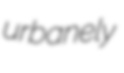
urbanely